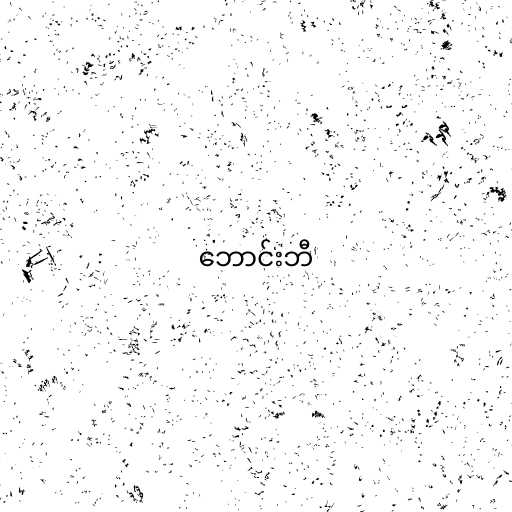
ဘောင်းဘီ